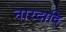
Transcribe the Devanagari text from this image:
नारदादि